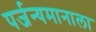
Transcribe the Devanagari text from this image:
पर्जन्यमानाला